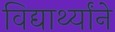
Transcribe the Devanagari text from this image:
विद्यार्थ्यांने